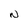
Character: N